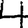
Digit: 4